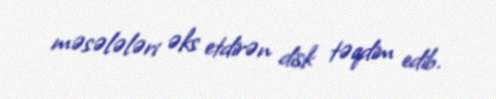
məsələləri əks etdirən disk təqdim edib.